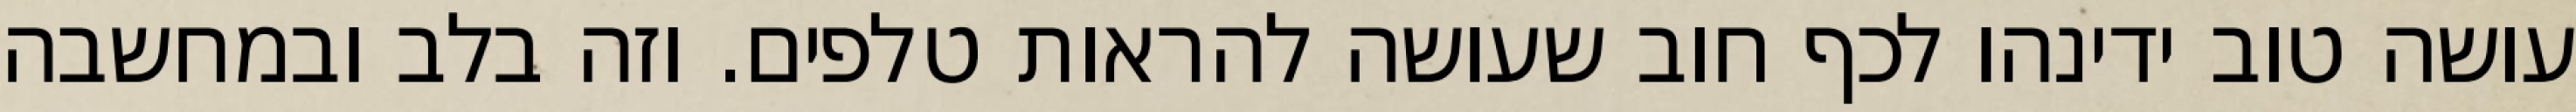
עושה טוב ידינהו לכף חוב שעושה להראות טלפים. וזה בלב ובמחשבה